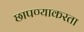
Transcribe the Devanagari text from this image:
छापण्याकरता